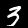
Label: 3